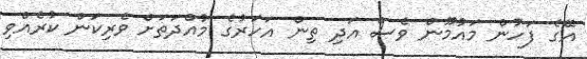
އޭގެ ފަހުން މައުމޫން ވެސް އަދި ތިން އަހަރުގެ މުއްދަތަށް ވެރިކަން ކުރެއްވި